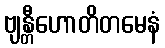
ဗျန္တီဟောတိတမေနံ